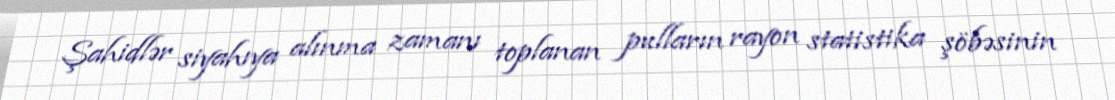
Şahidlər siyahıya alınma zamanı toplanan pulların rayon statistika şöbəsinin